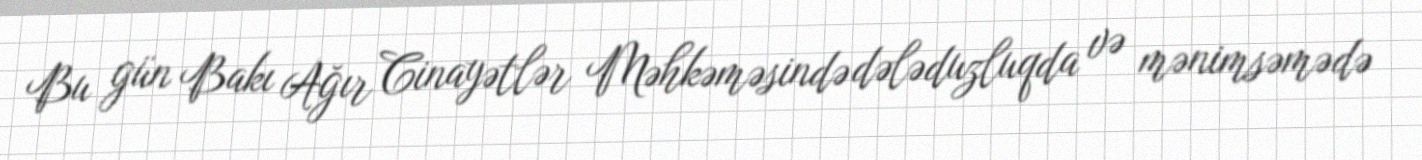
Bu gün Bakı Ağır Cinayətlər Məhkəməsində dələduzluqda və mənimsəmədə